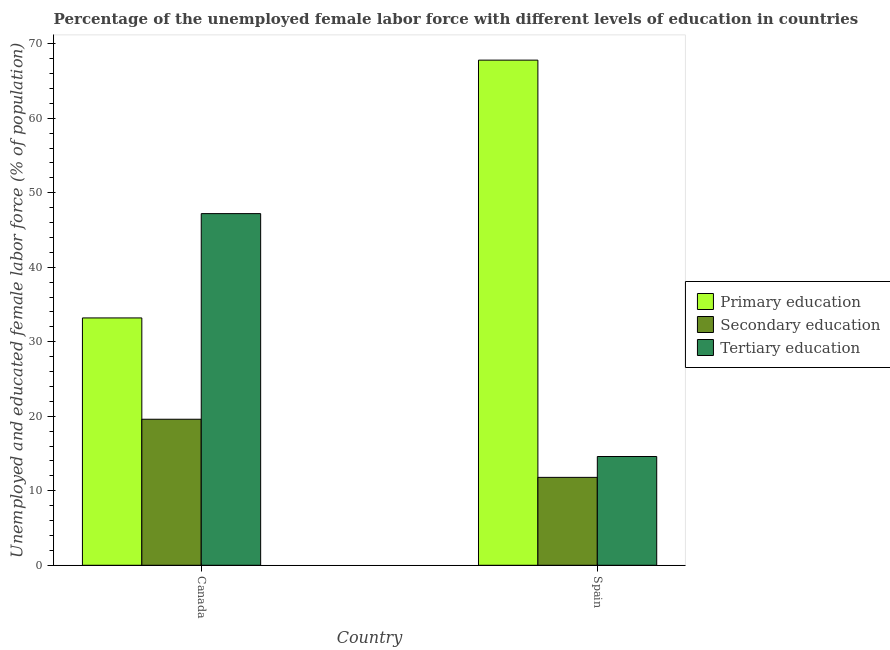
| Country | Primary education | Secondary education | Tertiary education |
 | --- | --- | --- | --- |
 | Canada | 33.2 | 19.6 | 47.2 |
 | Spain | 67.8 | 11.8 | 14.6 |